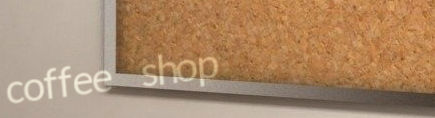
coffee shop